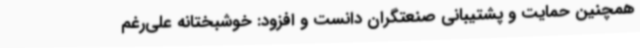
همچنین حمایت و پشتیبانی صنعتگران دانست و افزود: خوشبختانه علی‌رغم